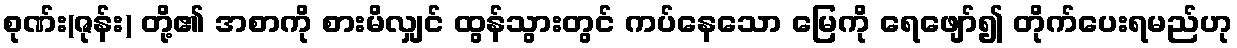
စုဏ်း(ဇုန်း) တို့၏ အစာကို စားမိလျှင် ထွန်သွားတွင် ကပ်နေသော မြေကို ရေဖျော်၍ တိုက်ပေးရမည်ဟု